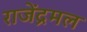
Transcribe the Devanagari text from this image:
राजेंद्रमल